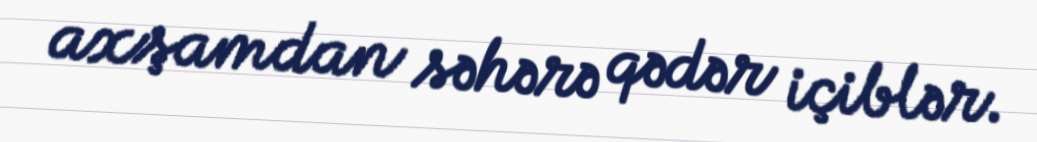
axşamdan səhərə qədər içiblər.